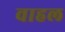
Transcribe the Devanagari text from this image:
वाहल